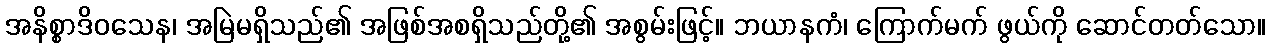
အနိစ္စာဒိဝသေန၊ အမြဲမရှိသည်၏ အဖြစ်အစရှိသည်တို့၏ အစွမ်းဖြင့်။ ဘယာနကံ၊ ကြောက်မက် ဖွယ်ကို ဆောင်တတ်သော။